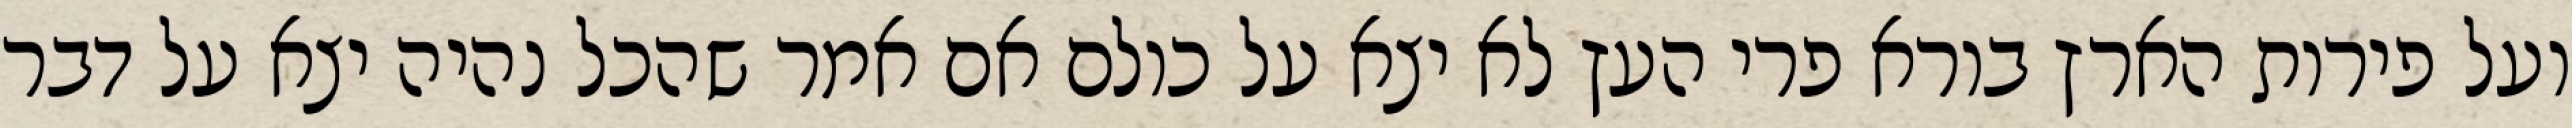
ועל פירות הארץ בורא פרי העץ לא יצא על כולם אם אמר שהכל נהיה יצא על דבר